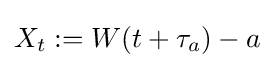
X_{t}:=W(t+\tau _{a})-a